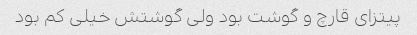
پیتزای قارچ و گوشت بود ولی گوشتش خیلی کم بود